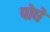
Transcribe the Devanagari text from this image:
पोघे